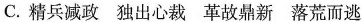
C.精兵减政 独出心裁 革故鼎新 落荒而逃